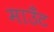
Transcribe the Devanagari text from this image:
माउँट